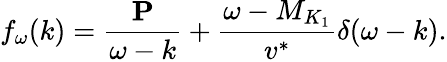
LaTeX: f_{\omega}(k)=\frac{{\mathbf P}}{\omega-k}+\frac{\omega-M_{K_{1}}}{v^{*}}\delta(\omega-k).